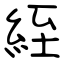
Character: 絰